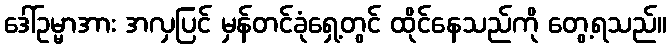
ဒေါ်ဥမ္မာအား အလှပြင် မှန်တင်ခုံရှေ့တွင် ထိုင်နေသည်ကို တွေ့ရသည်။